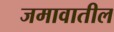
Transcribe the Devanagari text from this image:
जमावातील